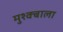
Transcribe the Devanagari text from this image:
मुश्क्बाला